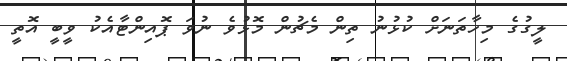
ލީގުގެ މިހާތަނަށް ކުޅުނު ތިން މެޗުން މޮޅުވެ ނުވަ ޕޮއިންޓާއެކު ވީބީ އޮތީ